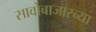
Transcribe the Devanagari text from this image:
सावोबाजारच्या